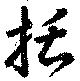
括